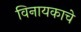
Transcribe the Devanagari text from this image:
विनायकाचे